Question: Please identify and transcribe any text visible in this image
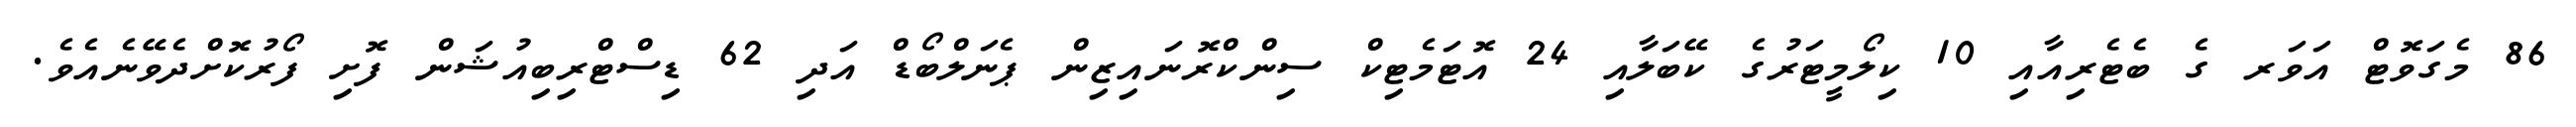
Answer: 86 މެގަވޮޓް އަވަރ ގެ ބެޓެރިއާއި 10 ކިލޯމީޓަރުގެ ކޭބަލާއި 24 އޮޓަމެޓިކް ސިންކްރޮނައިޒިން ޕެނަލްބޯޑް އަދި 62 ޑިސްޓްރިބިއުޝަން ފޮށި ފޯރުކޮށްދެވޭނެއެވެ.